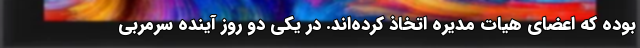
بوده که اعضای هیات مدیره اتخاذ کرده‌اند. در یکی دو روز آینده سرمربی